King Institute of Preventive Medicine Micro-Biological Section reports 1912-19
Year: 1912
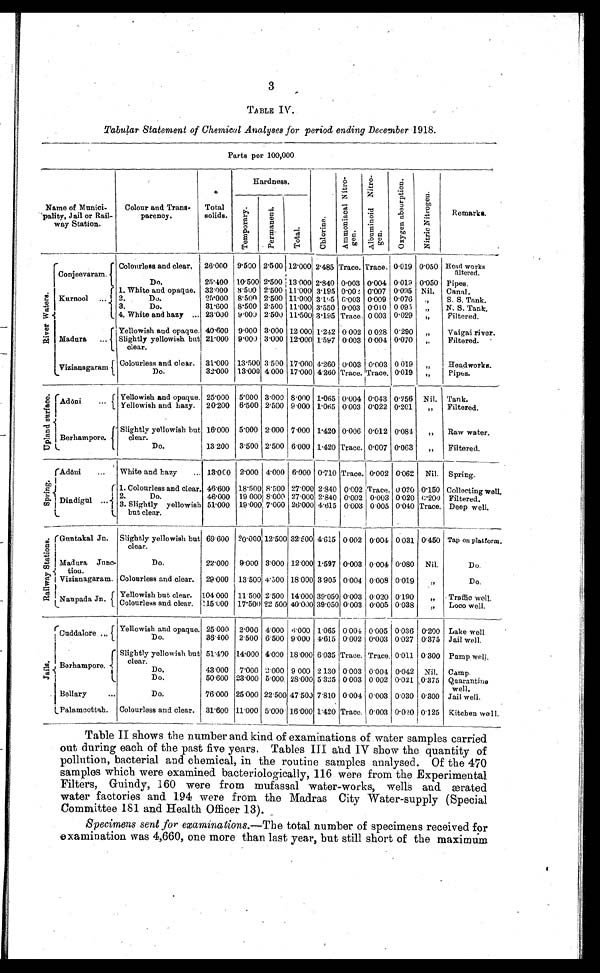
3
TABLE IV.
Tabular Statement of Chemical Analyses for period ending December 1918.
Parts per 100,000
Name of Munici-
pality, Jail or Rail-
way Station.
Colour and Trans-
parency.
Total
solids.
Hardness.
C h l o r i n e .
A m m o n i a c a l N i t r o - g e n . A l b u m i n o i d N i t r o - g e n .
O x y g e n a b s o r p t i o n .
N i t r i c N i t r o g e n .
Remarks.
T e m p o r a r y .
P e r m a n e n t .
T o t a l .
R i v e r W a t e r s .
C o n j e e v a r a m .
Colourless and clear. 26.000 9.500 2.500
1 2 . 0 0 0
2.485 Trace. Trace. 0.019 0.050 Head works filtered.
Do.
25.400 10.500 2.500 13.000 2.840 0.003 0.004 0.019 0.050 Pipes.
K u r n o o l . . .
1. White and opaque. 32.000 8.500
2 . 5 0 0
1 1 . 0 0 0 3.195 0.002 0.007 0.095 Nil. Canal.
2.
Do.
25.000 8.500 2.500 11.000 3.195 0.003 0.009 0.076
" S.S. Tank.
3.
Do.
31.600 8.500 2.500 11.000 3.550 0.003 0.010 0.095
" N. S. Tank.
4. White and hazy . . . 23.000 9.000 2 .500 11.500 3.195 Trace. 0.003 0.029
" , Filtered.
Madura . . .
Yellowish and opaque. 40.600 9.000 3.000 12.000 1.242 0.002 0.028 0.290
" Vaigai river.
Slightly yellowish but
clear.
21.000 9.000 3.000 12.000 1.597 0.003 0.004 0.070
" Filtered.
Vizianagaram Colourless and clear. 31.000 13.500 3.500 17.000 4.260 0.003 0.003 0.019
" Head works.
D o .
3 2 . 0 0 0 13.000 4.000 17.000 4.260 Trace. Trace. 0.019
" Pipes.
U p l a n d s u r f a c e .
Adōni . . .
Yellowish and opaque. 25.000 5.000 3.000 8.000 1.065 0.004 0.043 0.256 Nil. Tank.
Yellowish and hazy. 20.200 6.500 2.500 9.000 1.065 0.003 0.022 0.201
"
Filtered.
Berhampore.
Slightly yellowish but
clear.
16.000 5.000 2.000 7.000 1.420 0.006 0.012 0.084
" Raw water.
Do.
13.200 3.500 2.500 6.000 1.420 Trace. 0.007 0.063
"
Filtered.
S p r i n g .
Adōni . . .
White and hazy . . .
13.000 2.000 4.000 6.000 0 .710 Trace. 0.002 0.062 Nil. Spring.
D i n d i g u l . . .
1. Colourless and clear. 46.600 18.500 8.500 27.000 2.840 0.002 Trace. 0.020 0.150 Collecting well.
2. Do.
46.000 19 000 8.000 27.000 2.840 0.002 0.003 0.020 0.200 Filtered.
3. Slightly yellowish
but clear.
51.000 19.000 7.000 26.000 4.615 0.003 0.005 0.040 Trace. Deep well.
R a i l w a y S t a t i o n s . Guntakal Jn. Slightly yellowish but
clear.
69.600 20.000 12.500 32.500 4.615 0.002 0.004 0.031 0.450 Tap on platform.
Madura Junc-
tion.
Do.
22.000 9.000 3.000 12.000 1.597 0.003 0.004 0.080 Nil.
Do.
Vizianagaram. Colourless and clear. 29.000 13.500 4.500 18.000 3.905 0.004 0.008 0.019
"
D o .
Naupada
Jn.
Yellowish but clear. 104.000 11.500 2.500 14.000 39.050 0.003 0.020 0.190
"
Traffic well.
Colourless and clear. 115.000 17.500 22.500 40.000 39.050 0.003 0.005 0.038
"
Loco well.
J a i l s .
Cuddalore . . .
Yellowish and opaque. 25.000 2.000 4.000 6 .000
1 . 0 6 5
0 . 0 0 4 0.005 0.036 0.200 Lake well.
Do.
36.400 2.500 6.500 9.000 4.615 0.002 0.003 0.027 0.375 Jail well.
Berhampore.
Slightly yellowish but
clear.
51.400 14.000 4.000 18.000 6.035 Trace. Trace. 0.011 0.300 Pump well.
D o .
43.000 7.000 2.000 9.000 2.130 0.003 0.004 0.042 Nil. Camp.
Do.
50.600 23.000 5.000 28.000 5.325 0.003 0.002 0.021 0.375 Quarantine well.
Bellary . . .
Do.
76.000 25.000 22.500 47.500 7.810 0.004 0.003 0.030 0.300 Jail well.
Palamcottah. Colourless and clear. 31.600 11.000 5.000 16.000 1.420 Trace. 0.003 0.020 0.125 Kitchen well.
Table II shows the number and kind of examinations of water samples carried
out during each of the past five years. Tables III and IV show the quantity of
pollution, bacterial and chemical, in the routine samples analysed. Of the 470
samples which were examined bacteriologically, 116 were from the Experimental
Filters, Guindy, 160 were from mufassal water-works, wells and ærated
water factories and 194 were from the Madras City Water-supply (Special
Committee 181 and Health Officer 13).
Specimens sent for examinations.— The total number of specimens received for
examination was 4,660, one more than last year, but still short of the maximum